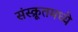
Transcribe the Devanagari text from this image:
संस्क्रूतमध्ये